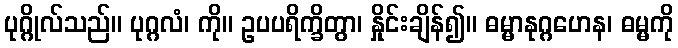
ပုဂ္ဂိုလ်သည်။ ပုဂ္ဂလံ၊ ကို။ ဥပပရိက္ခိတွာ၊ နှိုင်းချိန်၍။ ဓမ္မာနုဂ္ဂဟေန၊ ဓမ္မကို